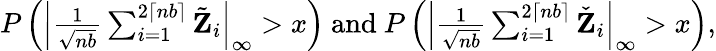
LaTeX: \begin{array}{r}{P\left(\left|\frac{1}{\sqrt{nb}}\sum_{i=1}^{2\lceil nb\rceil}\tilde{\mathbf Z}_{i}\right|_{\infty}>x\right)~\mathrm{and}~P\left(\left|\frac{1}{\sqrt{nb}}\sum_{i=1}^{2\lceil nb\rceil}\check{\mathbf Z}_{i}\right|_{\infty}>x\right),}\end{array}